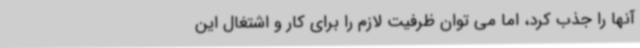
آنها را جذب کرد، اما می توان ظرفیت لازم را برای کار و اشتغال این